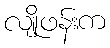
လျိုဖန်းက